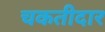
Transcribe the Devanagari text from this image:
चकतीदार